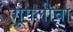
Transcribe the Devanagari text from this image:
गूगलीचा